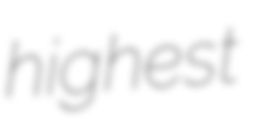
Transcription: highest